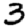
Digit: 3